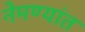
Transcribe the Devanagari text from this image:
नेमण्यांत